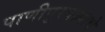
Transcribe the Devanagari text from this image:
पाणीपुरवठ्याचे